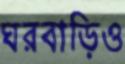
ঘরবাড়িও